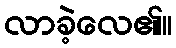
လာခဲ့လေ၏။